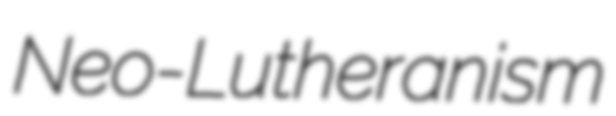
Neo-Lutheranism